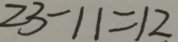
2 3 - 1 1 = 1 2